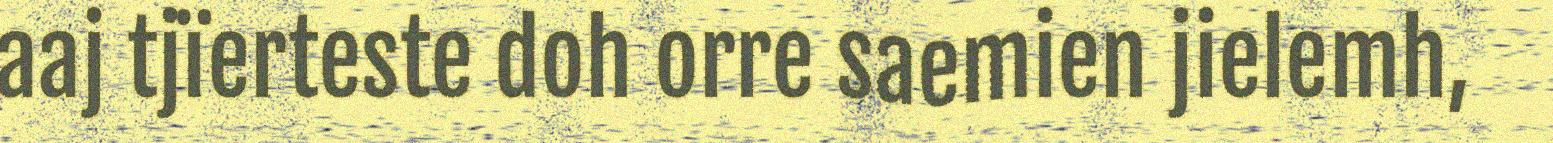
aaj tjïerteste doh orre saemien jielemh,